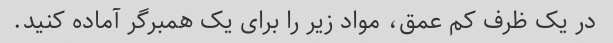
در یک ظرف کم عمق، مواد زیر را برای یک همبرگر آماده کنید.